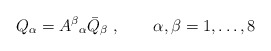
\begin{align*}Q_{\alpha} = {A^{\beta}}_{\alpha}\bar Q_{\beta}~,\qquad \alpha,\beta=1,\ldots,8\end{align*}